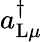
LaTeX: a_{\mathrm{L}\mu}^{\dagger}